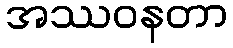
အဿဝနတာ